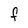
Character: F